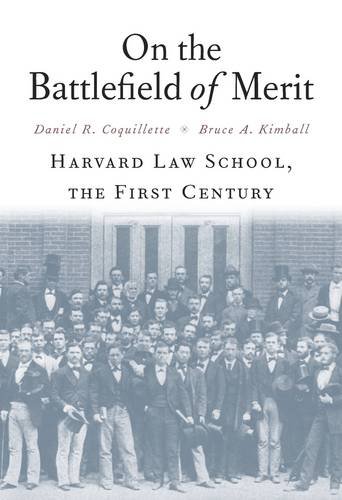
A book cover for On the Battlefield of Merit: Harvard Law School, the First Century; Daniel R. Coquillette; Law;